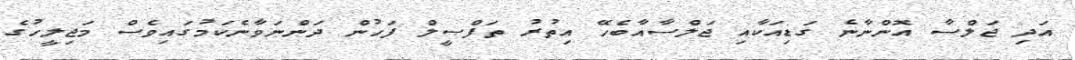
އަދި ޖަލްސާ އޮންނާނެ ގަޑިއަކާއި ޖަލްސާއާބެހޭ އިތުރު ތަފްޞީލް ފަހުން ދަންނަވާނެކަމުގައިވެސް މަޖިލީހުގެ